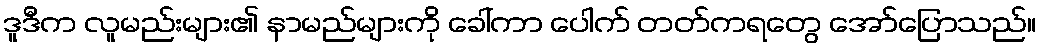
ဒူဒီက လူမည်းများ၏ နာမည်များကို ခေါ်ကာ ပေါက် တတ်ကရတွေ အော်ပြောသည်။